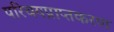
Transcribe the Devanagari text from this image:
परिचयप्राप्तकरण